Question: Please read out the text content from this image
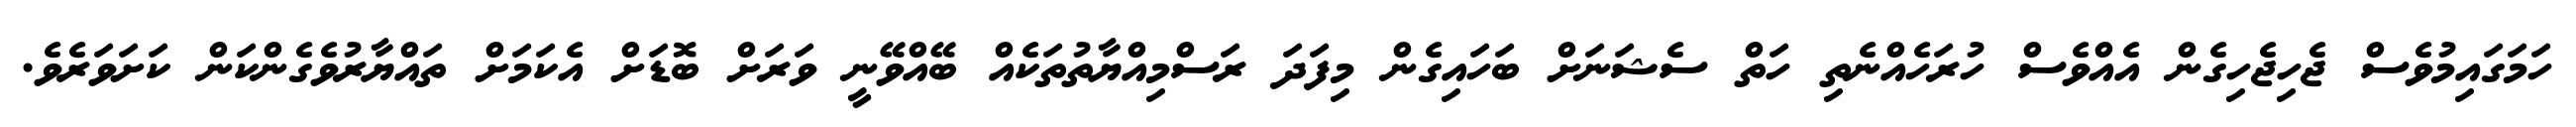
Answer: ހަމަގައިމުވެސް ޖެހިޖެހިގެން އެއްވެސް ހުރަހެއްނެތި ހަތް ސެޝަނަށް ބަހައިގެން މިފަދަ ރަސްމިއްޔާތުތަކެއް ބޭއްވޭނީ ވަރަށް ބޮޑަށް އެކަމަށް ތައްޔާރުވެގެންކަން ކަށަވަރެވެ.